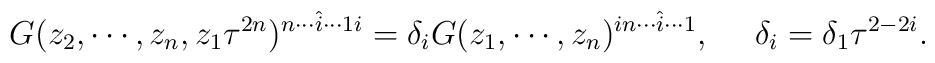
G(z_2,\cdots,z_n,z_1\tau^{2n})^{n \cdots \hat{i} \cdots 1 i }=\delta_i G(z_1,\cdots,z_n)^{i n \cdots \hat{i} \cdots 1}, ~~~~\delta_i =\delta_1 \tau^{2-2i}.